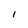
Character: l